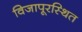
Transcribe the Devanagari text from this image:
विजापूरस्थित